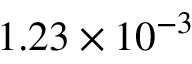
1 . 2 3 \times 1 0 ^ { - 3 }